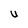
Character: U